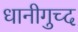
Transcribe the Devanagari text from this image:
धानीगुच्द